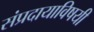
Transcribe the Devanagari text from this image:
संप्रदायाविषयी